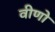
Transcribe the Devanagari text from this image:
वीणो